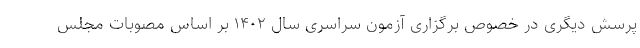
پرسش دیگری در خصوص برگزاری آزمون سراسری سال ۱۴۰۲ بر اساس مصوبات مجلس